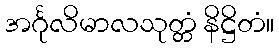
အင်္ဂုလိမာလသုတ္တံ နိဋ္ဌိတံ။